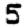
Digit: 5